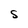
Character: S